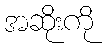
အဆိုးကို